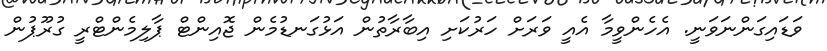
ވަޑައިގަންނަވަނީ. އެހެންވީމާ އެއީ ވަރަށް ހަރުކަށި އިބާރާތުން އަޅުގަނޑުމެން ޖޮއިންޓް ޕާލިމެންޓްރީ ގުރޫޕުން